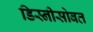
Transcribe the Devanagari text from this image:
डिस्नीसोबत